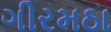
ગીરમઠા